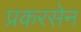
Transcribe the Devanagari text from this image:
प्रकरसेन